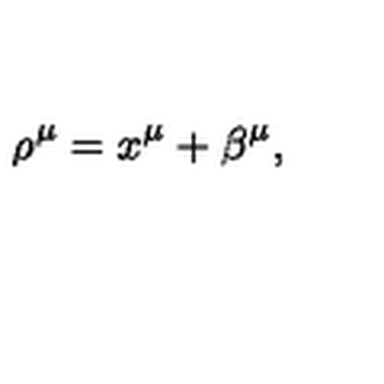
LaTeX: \rho ^ { \mu } = x ^ { \mu } + \beta ^ { \mu } ,